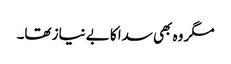
مگر وہ بھی سدا کا بے نیاز تھا۔